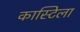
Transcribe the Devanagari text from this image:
कास्टिला